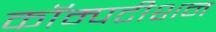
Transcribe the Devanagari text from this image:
कॉम्पटीशन